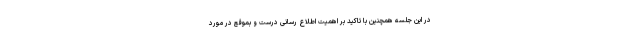
در این جلسه همچنین با تاکید بر اهمیت اطلاع رسانی درست و بموقع در مورد